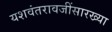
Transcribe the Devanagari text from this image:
यशवंतरावजींसारख्या